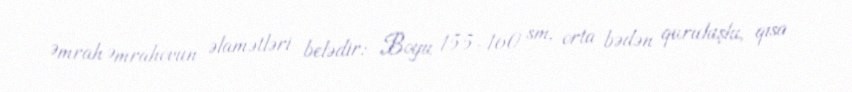
Əmrah Əmrahovun əlamətləri belədir: Boyu 155-160 sm, orta bədən quruluşlu, qısa